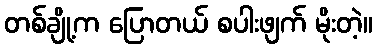
တစ်ချို့က ပြောတယ် စပါးဖျက် မိုးတဲ့။